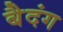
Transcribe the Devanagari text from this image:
बैदंग